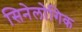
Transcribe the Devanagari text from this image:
सिनेलोगिक